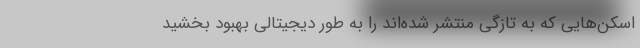
اسکن‌هایی که به تازگی منتشر شده‌اند را به طور دیجیتالی بهبود بخشید